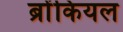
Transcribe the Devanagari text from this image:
ब्रोंकियल